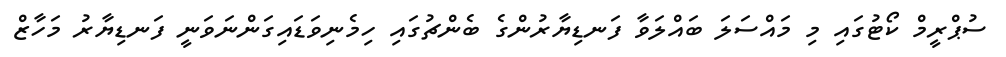
ސުޕްރީމް ކޯޓުގައި މި މައްސަލަ ބައްލަވާ ފަނޑިޔާރުންގެ ބެންޗުގައި ހިމެނިވަޑައިގަންނަވަނީ ފަނޑިޔާރު މަހާޒް